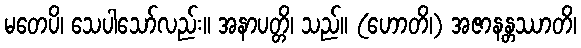
မတေပိ၊ သေပါသော်လည်း။ အနာပတ္တိ၊ သည်။ (ဟောတိ၊) အဇာနန္တဿာတိ၊